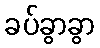
ခပ်ခွာခွာ